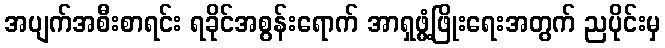
အပျက်အစီးစာရင်း ရခိုင်အစွန်းရောက် အာရှဖွံ့ဖြိုးရေးအတွက် ညပိုင်းမှ